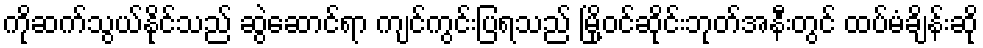
ကိုဆက်သွယ်နိုင်သည် ဆွဲဆောင်ရာ ကျင်ကွင်းပြရသည် မြို့ဝင်ဆိုင်းဘုတ်အနီးတွင် ထပ်မံချိန်းဆို